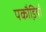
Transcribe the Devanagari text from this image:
पकौडि़याँ